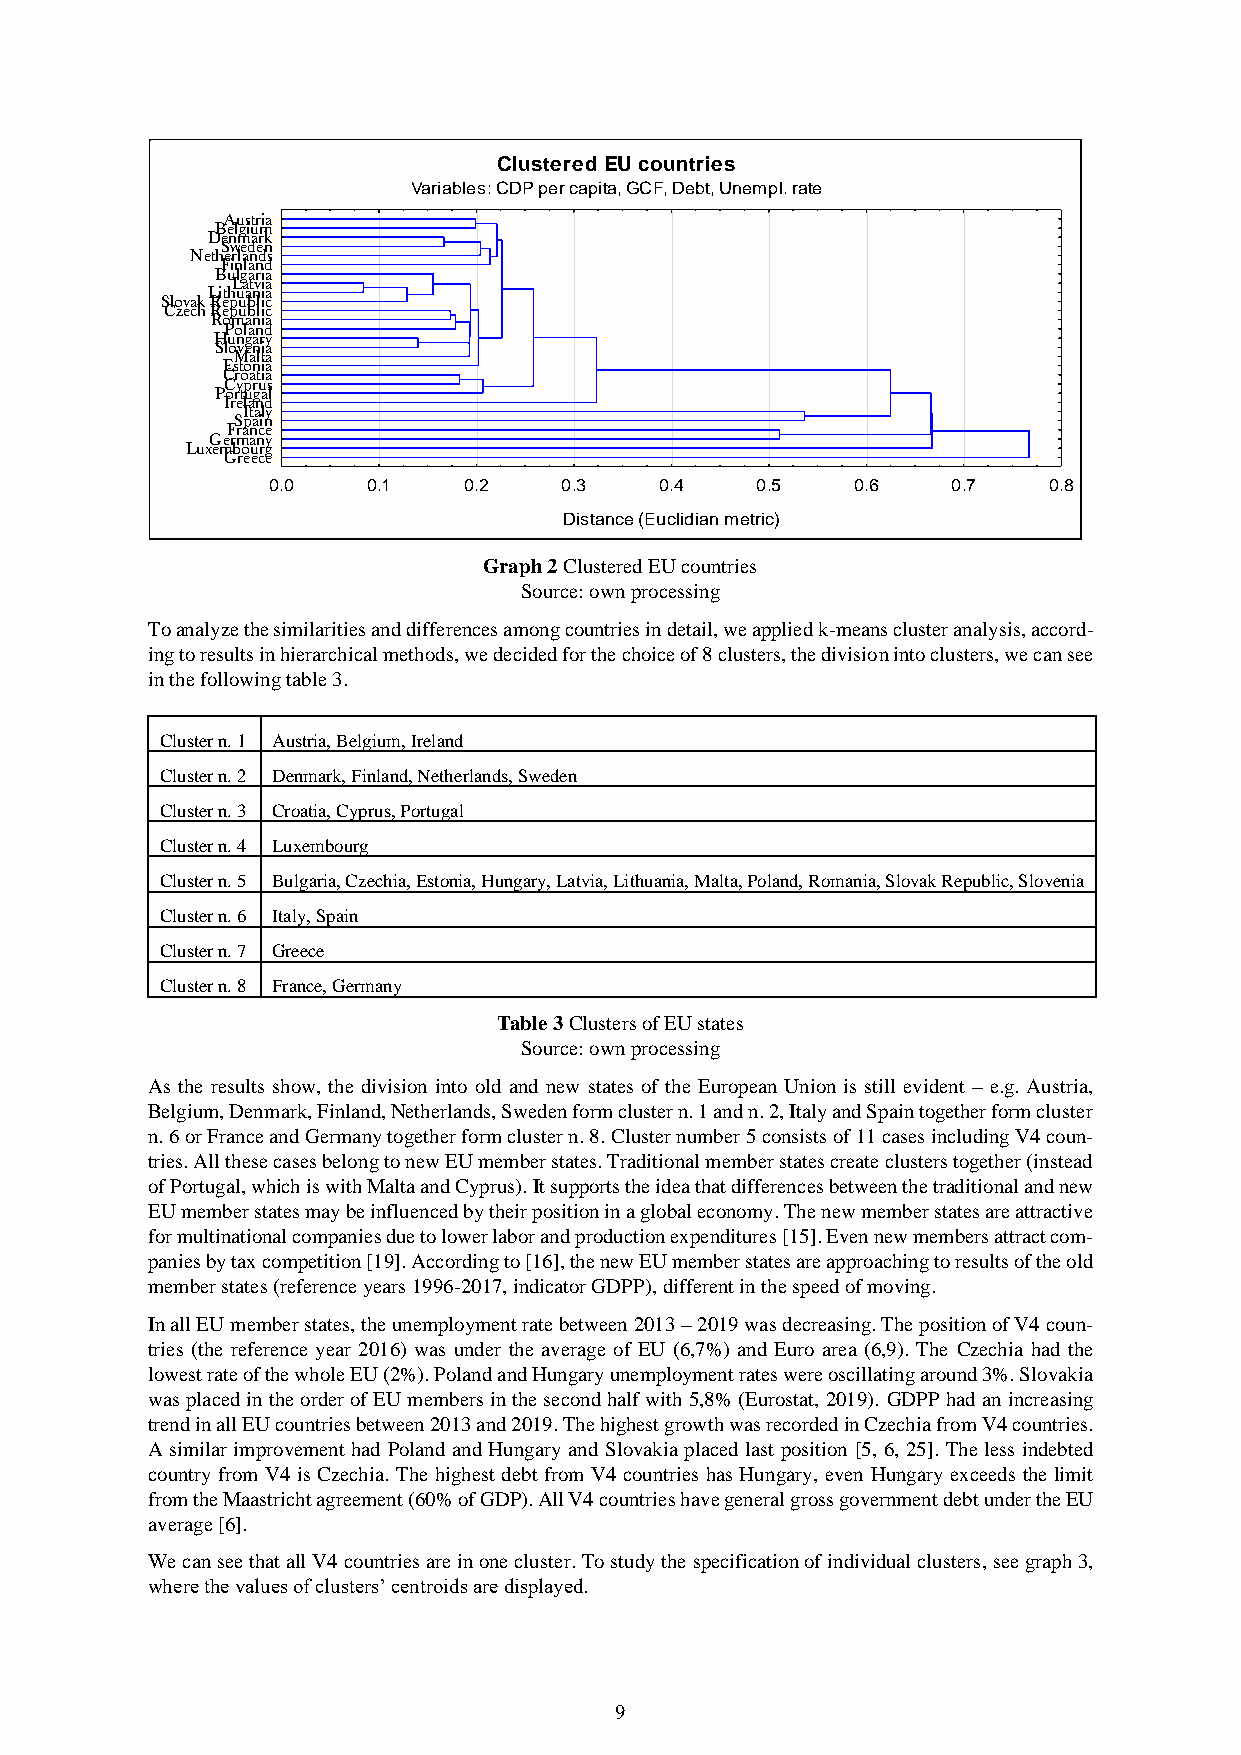
Clustered EU countries
 Variables: CDP per capita, GCF, Debt, Unempl. rate
 Austria
 Belgium
 Denmark
 Sweden
 Netherlands
 Finland
 Bulgaria
 Latvia
 Lithuania
 Slovak Republic
 Czech Republic
 Romania
 Poland
 Hungary
 Slovenia
 Malta
 Estonia
 Croatia
 Cyprus
 Portugal
 Ireland
 Italy
 Spain
 France
 Germany
 Luxembourg
 Greece
 0.0   0.1    0.2   0.3    0.4   0.5   0.6    0.7   0.8
 Distance (Euclidian metric)
 Graph 2 Clustered EU countries
 Source: own processing
 To analyze the similarities and differences among countries in detail, we applied k-means cluster analysis, accord-
 ing to results in hierarchical methods, we decided for the choice of 8 clusters, the division into clusters, we can see
 in the following table 3.
 Cluster n. 1 Austria, Belgium, Ireland
 Cluster n. 2 Denmark, Finland, Netherlands, Sweden
 Cluster n. 3 Croatia, Cyprus, Portugal
 Cluster n. 4 Luxembourg
 Cluster n. 5 Bulgaria, Czechia, Estonia, Hungary, Latvia, Lithuania, Malta, Poland, Romania, Slovak Republic, Slovenia
 Cluster n. 6 Italy, Spain
 Cluster n. 7 Greece
 Cluster n. 8 France, Germany
 Table 3 Clusters of EU states
 Source: own processing
 As the results show, the division into old and new states of the European Union is still evident – e.g. Austria,
 Belgium, Denmark, Finland, Netherlands, Sweden form cluster n. 1 and n. 2, Italy and Spain together form cluster
 n. 6 or France and Germany together form cluster n. 8. Cluster number 5 consists of 11 cases including V4 coun-
 tries. All these cases belong to new EU member states. Traditional member states create clusters together (instead
 of Portugal, which is with Malta and Cyprus). It supports the idea that differences between the traditional and new
 EU member states may be influenced by their position in a global economy. The new member states are attractive
 for multinational companies due to lower labor and production expenditures [15]. Even new members attract com-
 panies by tax competition [19]. According to [16], the new EU member states are approaching to results of the old
 member states (reference years 1996-2017, indicator GDPP), different in the speed of moving.
 In all EU member states, the unemployment rate between 2013 – 2019 was decreasing. The position of V4 coun-
 tries (the reference year 2016) was under the average of EU (6,7%) and Euro area (6,9). The Czechia had the
 lowest rate of the whole EU (2%). Poland and Hungary unemployment rates were oscillating around 3%. Slovakia
 was placed in the order of EU members in the second half with 5,8% (Eurostat, 2019). GDPP had an increasing
 trend in all EU countries between 2013 and 2019. The highest growth was recorded in Czechia from V4 countries.
 A similar improvement had Poland and Hungary and Slovakia placed last position [5, 6, 25]. The less indebted
 country from V4 is Czechia. The highest debt from V4 countries has Hungary, even Hungary exceeds the limit
 from the Maastricht agreement (60% of GDP). All V4 countries have general gross government debt under the EU
 average [6].
 We can see that all V4 countries are in one cluster. To study the specification of individual clusters, see graph 3,
 where the values of clusters’ centroids are displayed.
 9